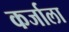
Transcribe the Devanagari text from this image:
कर्जाला